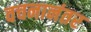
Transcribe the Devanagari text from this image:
वचनानंतर